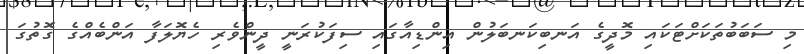
މި ސަބަބުތަކަށްޓަކައި މޮދީގެ އަނބިކަނބަލުން އިންޑިއާގައި ސިފަކުރަނީ ދީންވެރި ހެޔޮލަފާ އަންބެއްގެ ގޮތުގަ